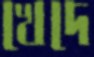
খেদে